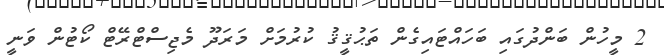
2 މީހުން ބަންދުގައި ބަހައްޓައިގެން ތަޙުޤީޤު ކުރުމަށް މަރަދޫ މެޖިސްޓްރޭޓް ކޯޓުން ވަނީ